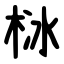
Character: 栤